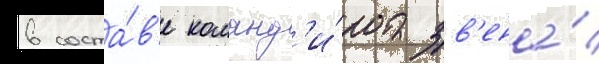
в соста́в'е команд'и́ра зв'ена́